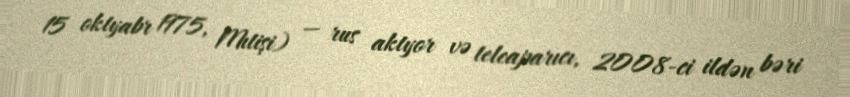
15 oktyabr 1975, Mıtişi) — rus aktyor və teleaparıcı, 2008-ci ildən bəri